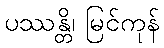
ပဿန္တိ၊ မြင်ကုန်